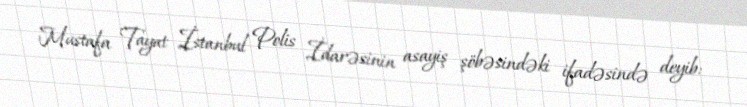
Mustafa Tayat İstanbul Polis İdarəsinin asayiş şöbəsindəki ifadəsində deyib: